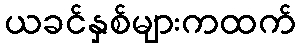
ယခင်နှစ်များကထက်